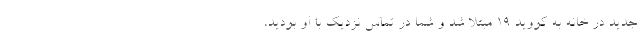
جدید در خانه به کووید ۱۹ مبتلا شد و شما در تماس نزدیک با او بودید،